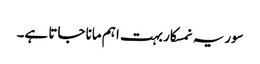
سوریہ نمسکار بہت اہم مانا جاتا ہے۔